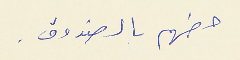
حطهم بالصندوق .